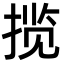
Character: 揽